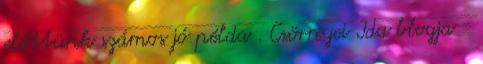
előttünk számos jó példa . Csörnyei Ida blogja -